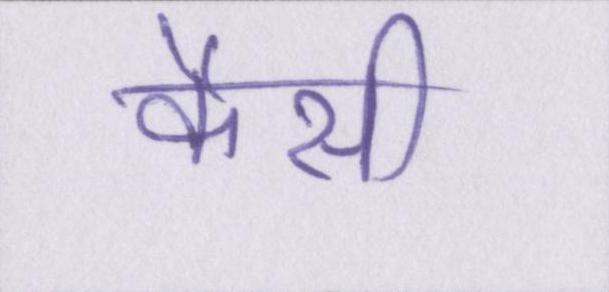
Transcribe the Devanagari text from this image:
कैसी